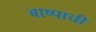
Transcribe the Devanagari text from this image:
बाष्पाची